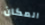
المكان